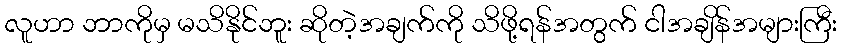
လူဟာ ဘာကိုမှ မသိနိုင်ဘူး ဆိုတဲ့အချက်ကို သိဖို့ရန်အတွက် ငါအချိန်အများကြီး